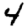
Digit: 4